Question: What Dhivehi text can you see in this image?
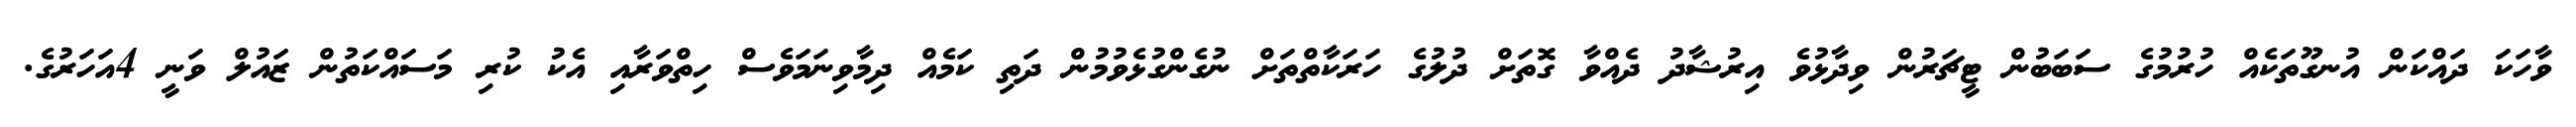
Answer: ވާހަކަ ދައްކަން އުނގޫތަކެއް ހުރުމުގެ ސަބަބުން ޓީޗަރުން ވިދާޅުވެ އިރުޝާދު ދެއްވާ ގޮތަށް ދުލުގެ ހަރަކާތްތަށް ނުގެންގުޅެވުމުން ދަތި ކަމެއް ދިމާވިނަމަވެސް ހިތްވަރާއި އެކު ކުރި މަސައްކަތުން ޒައުލް ވަނީ 4އަހަރުގެ.